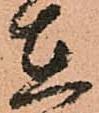
在